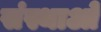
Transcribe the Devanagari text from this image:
संस्थाआें